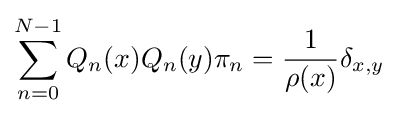
\sum _{n=0}^{N-1}Q_{n}(x)Q_{n}(y)\pi _{n}={\frac {1}{\rho (x)}}\delta _{x,y}